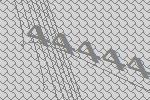
44444